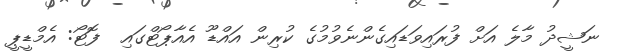
ނަޝީދު މާލެ އަށް ފުރައިވަޑައިގެންނެވުމުގެ ކުރިން އައްޑޫ އެއާޕޯޓްގައި  ފޮޓޯ: އެމްޑީޕީ